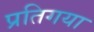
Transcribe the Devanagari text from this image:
प्रतिगया